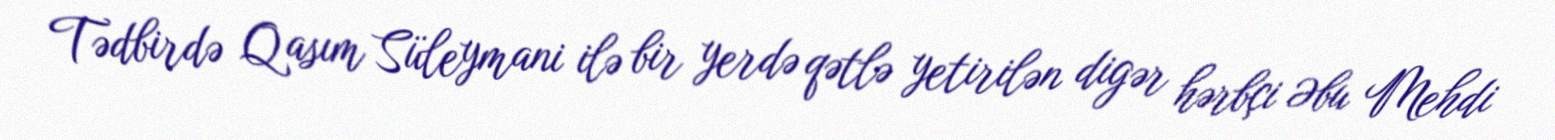
Tədbirdə Qasım Süleymani ilə bir yerdə qətlə yetirilən digər hərbçi Əbu Mehdi